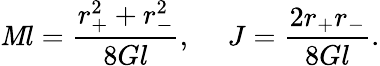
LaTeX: \mathit{M}l={\frac{{r_{+}^{2}+r_{-}^{2}}}{{8Gl}}},\ \ \ \ \ J={\frac{{2r_{+}r_{-}}}{{8Gl}}}.